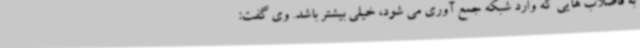
به فاضلاب هایی که وارد شبکه جمع آوری می شود، خیلی بیشتر باشد. وی گفت: